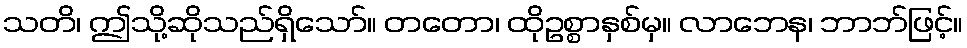
သတိ၊ ဤသို့ဆိုသည်ရှိသော်။ တတော၊ ထိုဥစ္စာနှစ်မှ။ လာဘေန၊ ဘာဘ်ဖြင့်။